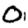
Digit: 0